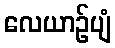
လေယာဉ်ပျံ